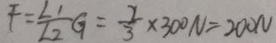
F = \frac { L ^ { 1 } } { L ^ { 2 } } G = \frac { 2 } { 3 } \times 3 0 0 N = 2 0 0 N